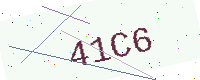
Text: 41C6